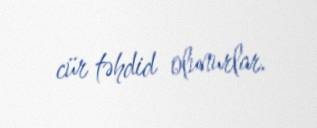
cür təhdid olunurlar.